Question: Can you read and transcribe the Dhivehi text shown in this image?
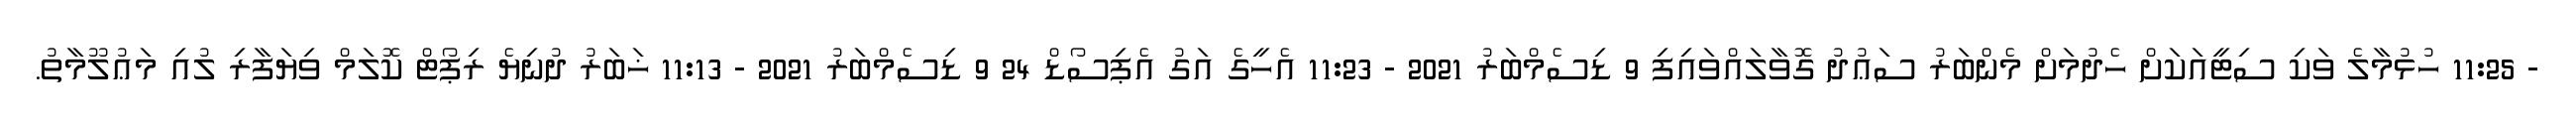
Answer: - 11:25 ހުޅުމާލެ ވަކި ސިޓީއަކަށް ހެދުމަށް މެންބަރު ސަޢުދު ގޮވާލައްވައިފި 9 ޑިސެމްބަރު 2021 - 11:23 އެހީގެ އަގު އެޕިސޯޑް 24 9 ޑިސެމްބަރު 2021 - 11:13 ޚަބަރު ދުނިޔެ ރިޕޯޓް ކޮލަމް ވިޔަފާރި ލުއި މަޢުލޫމާތު.